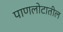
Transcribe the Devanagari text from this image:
पाणलोटातील